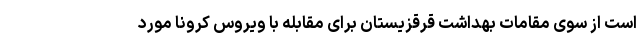
است از سوی مقامات بهداشت قرقزیستان برای مقابله با ویروس کرونا مورد